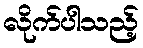
လိုက်ပါသည့်